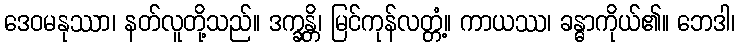
ဒေဝမနုဿာ၊ နတ်လူတို့သည်။ ဒက္ခန္တိ၊ မြင်ကုန်လတ္တံ့။ ကာယဿ၊ ခန္ဓာကိုယ်၏။ ဘေဒါ၊